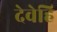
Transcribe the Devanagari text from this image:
देवेहि